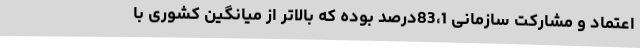
اعتماد و مشارکت سازمانی 83،1درصد بوده که بالاتر از میانگین کشوری با